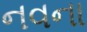
નવના